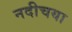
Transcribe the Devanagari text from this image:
नदीचया